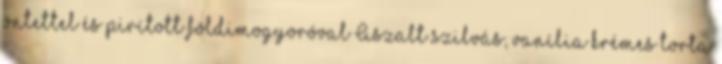
öntettel és pirított földimogyoróval Aszalt szilvás, vanília krémes torta